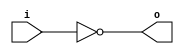
module invert (input wire i, output wire o);
   assign o = !i;
endmodule

module and2 (input wire i0, i1, output wire o);
  assign o = i0 & i1;
endmodule

module or2 (input wire i0, i1, output wire o);
  assign o = i0 | i1;
endmodule

module xor2 (input wire i0, i1, output wire o);
  assign o = i0 ^ i1;
endmodule

module nand2 (input wire i0, i1, output wire o);
   wire t;
   and2 and2_0 (i0, i1, t);
   invert invert_0 (t, o);
endmodule

module nor2 (input wire i0, i1, output wire o);
   wire t;
   or2 or2_0 (i0, i1, t);
   invert invert_0 (t, o);
endmodule

module xnor2 (input wire i0, i1, output wire o);
   wire t;
   xor2 xor2_0 (i0, i1, t);
   invert invert_0 (t, o);
endmodule

module and3 (input wire i0, i1, i2, output wire o);
   wire t;
   and2 and2_0 (i0, i1, t);
   and2 and2_1 (i2, t, o);
endmodule

module or3 (input wire i0, i1, i2, output wire o);
   wire t;
   or2 or2_0 (i0, i1, t);
   or2 or2_1 (i2, t, o);
endmodule

module nor3 (input wire i0, i1, i2, output wire o);
   wire t;
   or2 or2_0 (i0, i1, t);
   nor2 nor2_0 (i2, t, o);
endmodule

module nand3 (input wire i0, i1, i2, output wire o);
   wire t;
   and2 and2_0 (i0, i1, t);
   nand2 nand2_1 (i2, t, o);
endmodule

module xor3 (input wire i0, i1, i2, output wire o);
   wire t;
   xor2 xor2_0 (i0, i1, t);
   xor2 xor2_1 (i2, t, o);
endmodule

module xnor3 (input wire i0, i1, i2, output wire o);
   wire t;
   xor2 xor2_0 (i0, i1, t);
   xnor2 xnor2_0 (i2, t, o);
endmodule

module mux2 (input wire i0, i1, j, output wire o);
  assign o = (j==0)?i0:i1;
endmodule

module mux3 (input wire [0:2] i, input wire j1, j0, output wire o);
  wire  t;
  mux2 mux2_0 (i[0], i[1], j0, t);
  mux2 mux2_1 (t, i[2], j1, o);
endmodule

module mux4 (input wire [0:3] i, input wire j1, j0, output wire o);
  wire  t0, t1;
  mux2 mux2_0 (i[0], i[1], j1, t0);
  mux2 mux2_1 (i[2], i[3], j1, t1);
  mux2 mux2_2 (t0, t1, j0, o);
endmodule

module mux8 (input wire [0:7] i, input wire j2, j1, j0, output wire o);
  wire  t0, t1;
  mux4 mux4_0 (i[0:3], j2, j1, t0);
  mux4 mux4_1 (i[4:7], j2, j1, t1);
  mux2 mux2_0 (t0, t1, j0, o);
endmodule

module demux2 (input wire i, j, output wire o0, o1);
  assign o0 = (j==0)?i:1'b0;
  assign o1 = (j==1)?i:1'b0;
endmodule

module demux4 (input wire i, j1, j0, output wire [0:3] o);
  wire  t0, t1;
  demux2 demux2_0 (i, j1, t0, t1);
  demux2 demux2_1 (t0, j0, o[0], o[1]);
  demux2 demux2_2 (t1, j0, o[2], o[3]);
endmodule

module demux8 (input wire i, j2, j1, j0, output wire [0:7] o);
  wire  t0, t1;
  demux2 demux2_0 (i, j2, t0, t1);
  demux4 demux4_0 (t0, j1, j0, o[0:3]);
  demux4 demux4_1 (t1, j1, j0, o[4:7]);
endmodule

module df (input wire clk, in, output wire out);
  reg df_out;
  always@(posedge clk) df_out <= in;
  assign out = df_out;
endmodule

module dfr (input wire clk, reset, in, output wire out);
  wire reset_, df_in;
  invert invert_0 (reset, reset_);
  and2 and2_0 (in, reset_, df_in);
  df df_0 (clk, df_in, out);
endmodule

module dfrl (input wire clk, reset, load, in, output wire out);
  wire _in;
  mux2 mux2_0(out, in, load, _in);
  dfr dfr_1(clk, reset, _in, out);
endmodule

module dfs (input wire clk, set, in, output wire out);
  wire dfr_in,dfr_out;
  invert invert_0(in, dfr_in);
  invert invert_1(dfr_out, out);
  dfr dfr_2(clk, set, dfr_in, dfr_out);
endmodule

module dfsl (input wire clk, set, load, in, output wire out);
  wire _in;
  mux2 mux2_0(out, in, load, _in);
  dfs dfs_1(clk, set, _in, out);
endmodule

module fa (input wire i0, i1, cin, output wire sum, cout);
   wire t0, t1, t2;
   xor3 _i0 (i0, i1, cin, sum);
   and2 _i1 (i0, i1, t0);
   and2 _i2 (i1, cin, t1);
   and2 _i3 (cin, i0, t2);
   or3 _i4 (t0, t1, t2, cout);
endmodule

module addsub (input wire addsub, i0, i1, cin, output wire sumdiff, cout);
  wire t;
  fa _i0 (i0, t, cin, sumdiff, cout);
  xor2 _i1 (i1, addsub, t);
endmodule